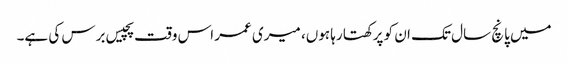
میں پانچ سال تک ان کو پرکھتا رہا ہوں، میری عمر اس وقت پچیس برس کی ہے۔